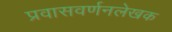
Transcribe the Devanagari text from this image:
प्रवासवर्णनलेखक